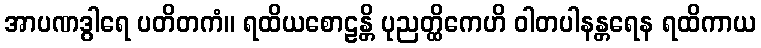
အာပဏဒွါရေ ပတိတကံ။ ရထိယစောဠန္တိ ပုညတ္ထိကေဟိ ဝါတပါနန္တရေန ရထိကာယ